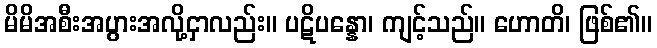
မိမိအစီးအပွားအလို့ငှာလည်း။ ပဋိပန္နော၊ ကျင့်သည်။ ဟောတိ၊ ဖြစ်၏။